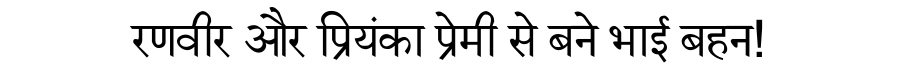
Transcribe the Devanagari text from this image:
रणवीर और प्रियंका प्रेमी से बने भाई बहन!